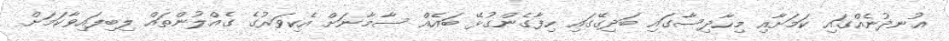
އުނދުނެއްގައި ކަމަށާއި މިހާދިސާގައި ބަދިގޭގައި ހިފާގެންގުޅޭ ބައެއް ސާމާނަށް އެކިވަރުގެ ގެއްލުންތައް ލިބިފައިވާކަމަށް